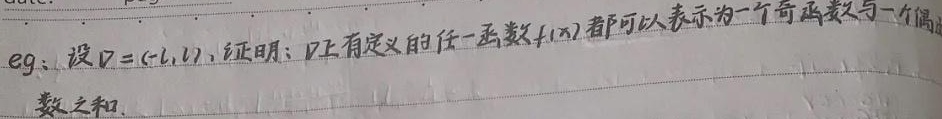
eg: 设 \(D = (-l, l)\)，证明：\(D\) 上有定义的任一函数 \(f(x)\) 都可以表示为一个奇函数与一个偶函数之和。